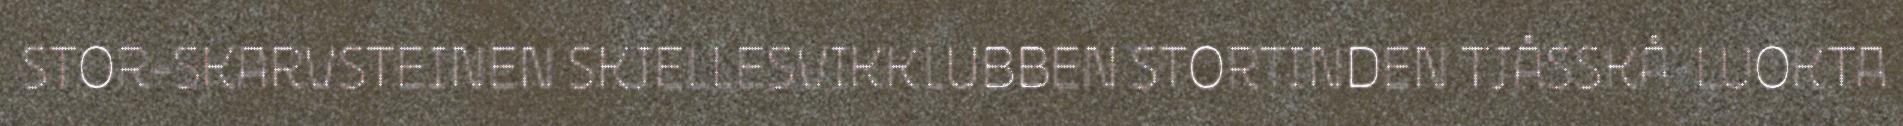
STOR-SKARVSTEINEN SKJELLESVIKKLUBBEN STORTINDEN TJÅSSKÅ-LUOKTA